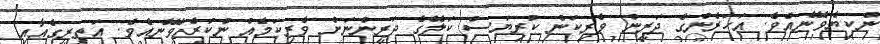
ނުކިޔެވޭނެއެވެ. އަހަރެންގެ ދަރީން ވެރިކަން ކުރިޔަސް ކަލޭގެ ދަރީންނަށް ވެރިކަމެއް ނުކުރެވޭނެއެވެ. އަތިރީގެއާއި